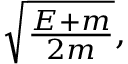
\textstyle { \sqrt { \frac { E + m } { 2 m } } } ,